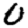
Digit: 0